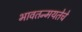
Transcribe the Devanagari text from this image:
भावतन्मयतेचे